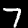
Digit: 7